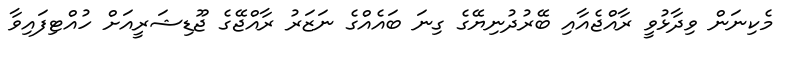
މެކިނަން ވިދާޅުވީ ރާއްޖެއާއި ބޭރުދުނިޔޭގެ ގިނަ ބައެއްގެ ނަޒަރު ރާއްޖޭގެ ޖޫޑިޝަރީއަށް ހުއްޓިފައިވާ